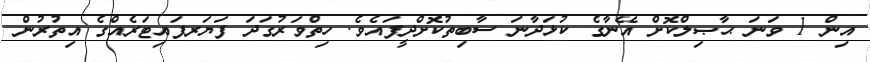
އިން 1 ވަނަ ޙާޞިލްކޮށް އޭނާގެ ކުޅަދާނަ ސާބިތުކޮށްދީފައެވެ. ހިތްވަރުގަދަ ފަޔަރފައިޓަރެއްގެ އިތުރުން